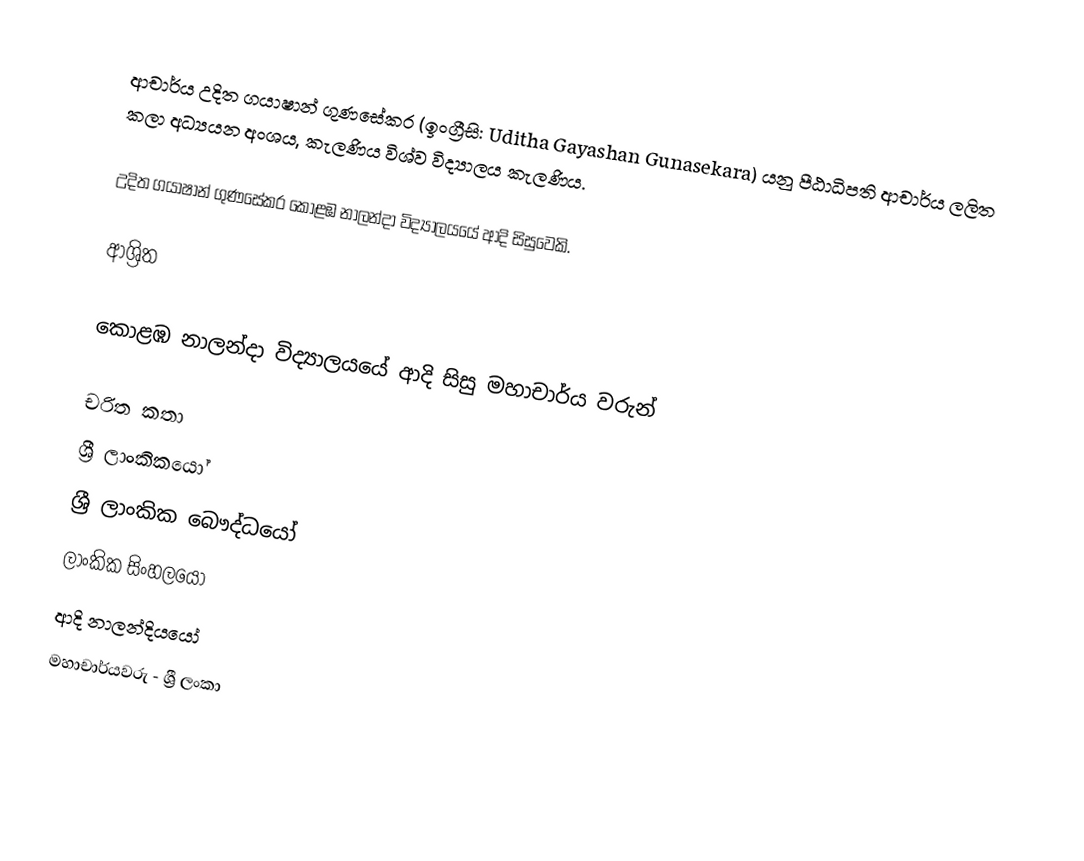
ආචාර්ය උදිත ගයාෂාන් ගුණසේකර  (ඉංග්‍රීසි: Uditha Gayashan Gunasekara) යනු පීඨාධිපති ආචාර්ය ලලිත කලා අධ්‍යයන අංශය, කැලණිය විශ්ව විද්‍යාලය කැලණිය.

උදිත ගයාෂාන් ගුණසේකර  කොළඹ නාලන්දා විද්‍යාලයයේ ආදි සිසුවෙකි.

ආශ්‍රිත

 කොළඹ නාලන්දා විද්‍යාලයයේ ආදි සිසු මහාචාර්ය වරුන්

චරිත කතා
ශ්‍රී ලාංකිකයෝ
ශ්‍රී ලාංකික බෞද්ධයෝ
ලාංකික සිංහලයෝ
ආදි නාලන්දියයෝ
මහාචාර්යවරු - ශ්‍රී ලංකා